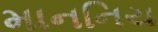
માનનિય